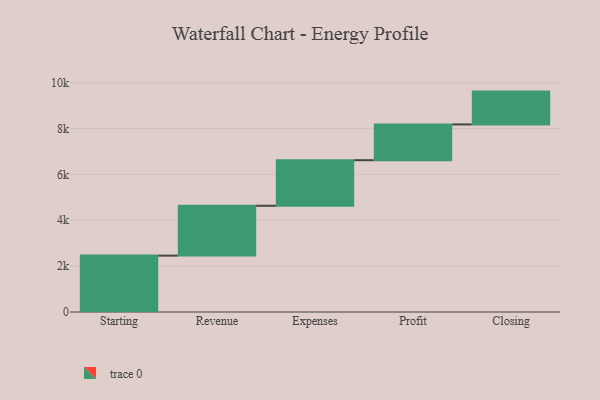
{"axis": {"x": "Step", "y": "Value"}, "legend": [""], "data": [{"x": "Starting", "y": 2458.0, "type": ""}, {"x": "Revenue", "y": 2173.0, "type": ""}, {"x": "Expenses", "y": 1987.0, "type": ""}, {"x": "Profit", "y": 1559.0, "type": ""}, {"x": "Closing", "y": 1431.0, "type": ""}]}